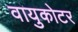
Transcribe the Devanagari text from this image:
वायुकोटर